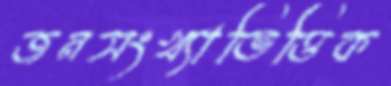
জনসংখ্যাভিত্তিক